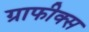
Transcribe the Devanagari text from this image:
ग्राफीक्स